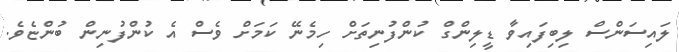
ލައިސަންސް ލިބިފައިވާ ޑީލިންގް ކުންފުނިތަށް ހިމެނޭ ކަމަށް ވެސް އެ ކުންފުނިން ބުންޏެވެ.